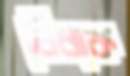
বিঁধাক